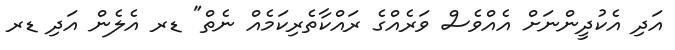
އަދި އެކުދީންނަށް އެއްވެސް ވަރެއްގެ ރައްކާތެރިކަމެއް ނެތް" ޑރ އެލެން އަދި ޑރ